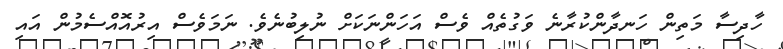
ހާދިސާ މަތިން ހަނދާންކުރާނެ ވަގުތެއް ވެސް އަހަންނަކަށް ނުލިބުނެވެ. ނަމަވެސް އިރުއޮއްސެމުން އައި